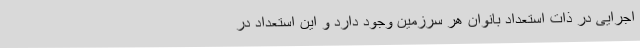
اجرایی در ذات استعداد بانوان هر سرزمین وجود دارد و این استعداد در